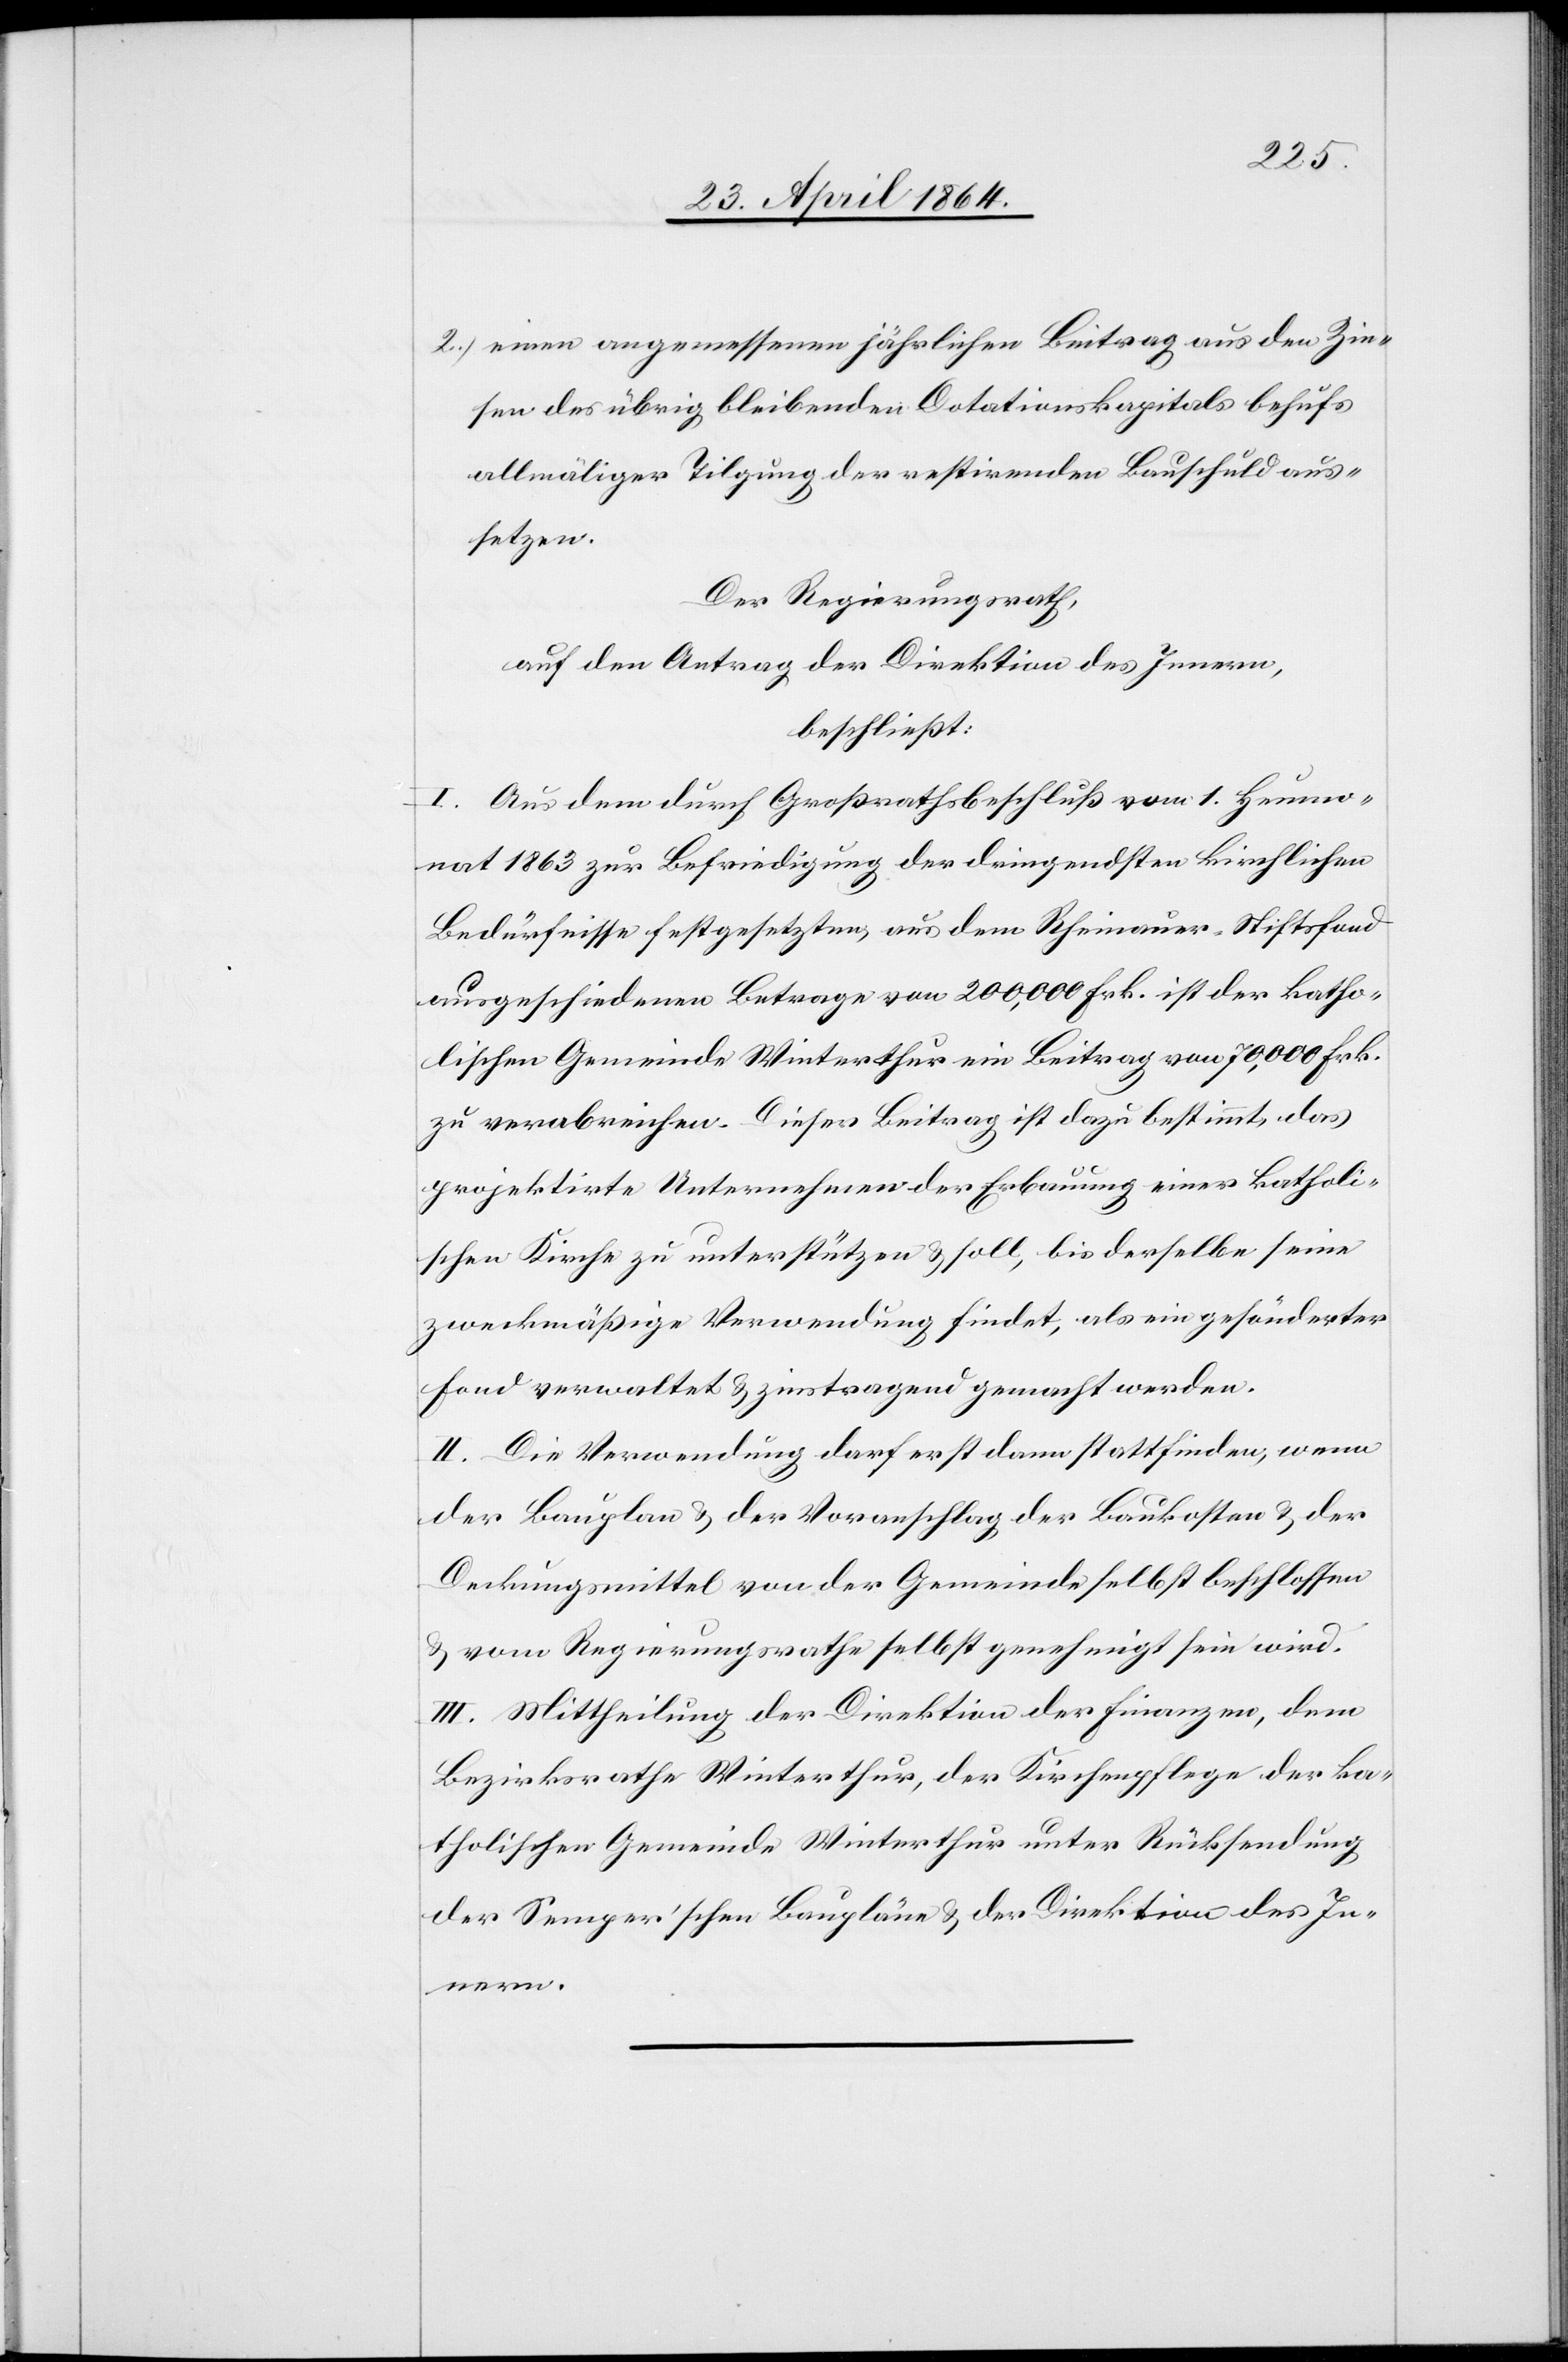
2.) einen angemessenen jährlichen Beitrag aus den Zin¬
sen des übrig bleibenden Dotationskapitals behufs
allmäliger Tilgung der restirenden Laufschuld aus¬
setzen.
Der Regierungsrath,
auf den Antrag der Direktion des Innern,
beschließt:
I. Aus dem durch Großrathsbeschluß vom 1. Heumo¬
nat 1863 zur Befriedigung der dringendsten kirchlichen
Bedürfnisse festgesetzten, aus dem Rheinauer-Stiftsfond
ausgeschiedenen Betrage von 200,000 Frk. ist der katho¬
lischen Gemeinde Winterthur ein Beitrag von 70,000 Frk.
zu verabreichen. Dieser Beitrag ist dazu bestimmt, das
projektirte Unternehmen der Erbauung einer katholi¬
schen Kirche zu unterstützen u. soll, bis derselbe seine
zweckmäßige Verwendung findet, als ein gesönderter
Fond verwaltet u. zinstragend gemacht werden.
II. Die Verwendung darf erst dann stattfinden, wenn
der Bauplan u. der Voranschlag der Baukosten u. der
Deckungsmittel von der Gemeinde selbst beschlossen
u. vom Regierungsrathe selbst genehmigt sein wird.
III. Mittheilung der Direktion der Finanzen, dem
Bezirksrathe Winterthur, der Kirchenpflege der ka¬
tholischen Gemeinde Winterthur unter Rücksendung
der Semper’schen Baupläne u. der Direktion des In¬
nern.